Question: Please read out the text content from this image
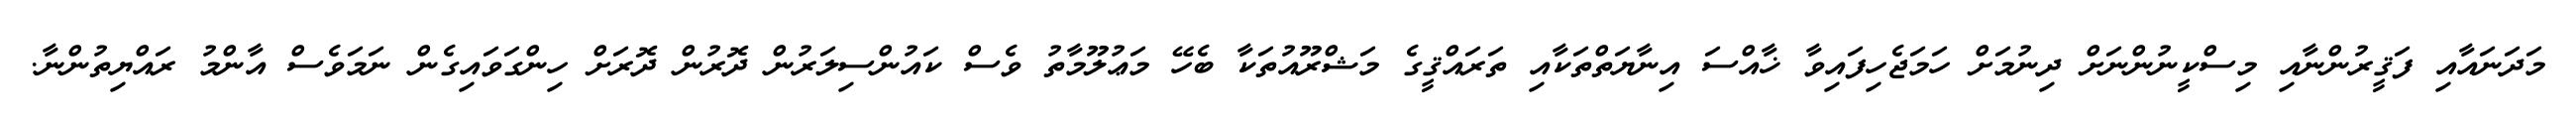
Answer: މަދަނައާއި ފަޤީރުންނާއި މިސްކީނުންނަށް ދިނުމަށް ހަމަޖެހިފައިވާ ޚާއްސަ އިނާޔަތްތަކާއި ތަރައްޤީގެ މަޝްރޫއުތަކާ ބެހޭ މަޢުލޫމާތު ވެސް ކައުންސިލަރުން ދޮރުން ދޮރަށް ހިންގަވައިގެން ނަމަވެސް އާންމު ރައްޔިތުންނާ.